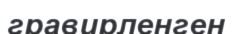
гравирленген